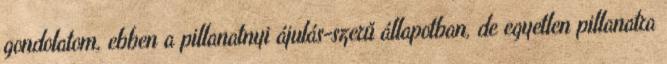
gondolatom, ebben a pillanatnyi ájulás-szerű állapotban, de egyetlen pillanatra